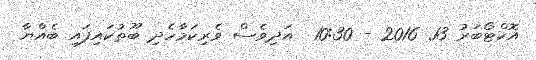
އޮކްޓޯބަރު 13